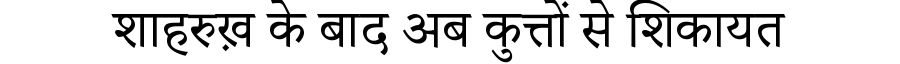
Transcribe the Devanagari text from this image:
शाहरुख़ के बाद अब कुत्तों से शिकायत